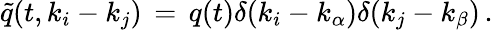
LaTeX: {\tilde{q}}(t,k_{i}-k_{j})\, =\, q(t)\delta(k_{i}-k_{\alpha})\delta(k_{j}-k_{\beta})\, .